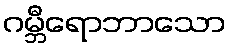
ဂမ္ဘီရောဘာသော